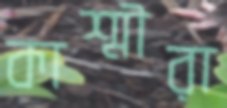
কাশ্মীরা